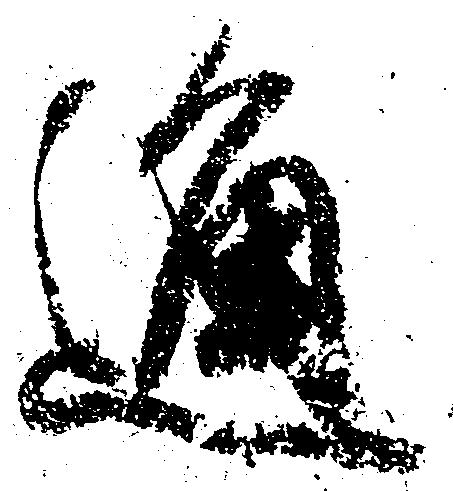
通